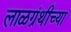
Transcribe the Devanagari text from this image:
लाळग्रंथीच्या